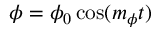
\phi = \phi _ { 0 } \cos ( m _ { \phi } t )